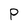
Character: P